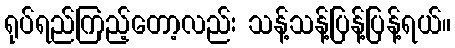
ရုပ်ရည်ကြည့်တော့လည်း သန့်သန့်ပြန့်ပြန့်ရယ်။